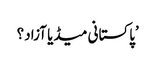
’پاکستانی میڈیا آزاد؟